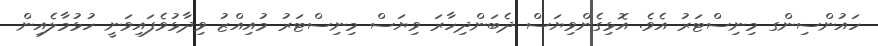
ހައުންސިންގ މިނިސްޓަރު އެވެ. އޮޅިގެންވިޔަސް ދެބަންދިހާރަ ވިޔަސް މިނިސްޓަރު މުއިއްޒު ވިދާޅުވެފައިވަނީ ހުޅުމާލެއިން